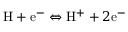
\mathrm { H } + \mathrm { e ^ { - } } \Leftrightarrow \mathrm { H ^ { + } } + 2 \mathrm { e ^ { - } }